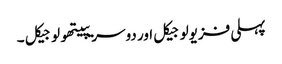
پہلی فزیولوجیکل اور دوسریپیتھولوجیکل ۔